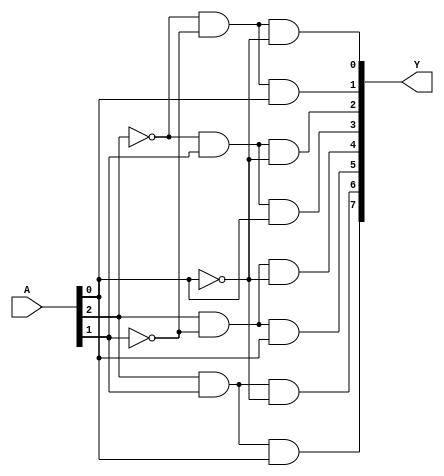
module dec_3_to_8(
    input wire [2:0] A,
    output [7:0] Y
);
    assign Y[7] = A[2] & A[1] & A[0];
    assign Y[6] = A[2] & A[1] & ~A[0];
    assign Y[5] = A[2] & ~A[1] & A[0];
    assign Y[4] = A[2] & ~A[1] & ~A[0];
    assign Y[3] = ~A[2] & A[1] & A[0];
    assign Y[2] = ~A[2] & A[1] & ~A[0];
    assign Y[1] = ~A[2] & ~A[1] & A[0];
    assign Y[0] = ~A[2] & ~A[1] & ~A[0];
endmodule